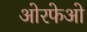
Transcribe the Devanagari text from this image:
ओरफेओ